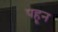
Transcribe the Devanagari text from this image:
पहून